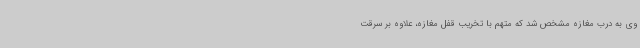
وی به درب مغازه مشخص شد که متهم با تخریب قفل مغازه، علاوه بر سرقت